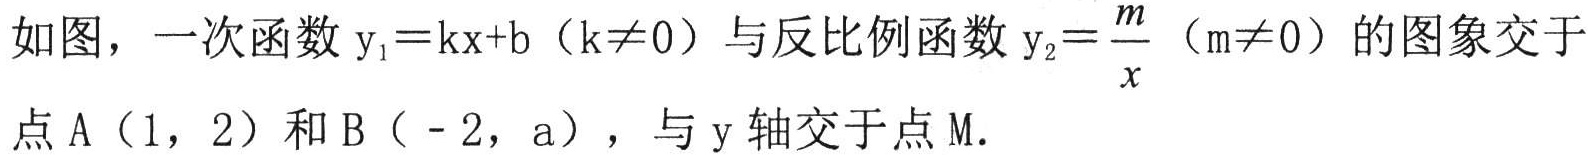
如图，一次函数 \(y_{1}=kx + b\)（\(k\neq0\)）与反比例函数 \(y_{2}=\frac{m}{x}\)（\(m\neq0\)）的图象交于点 \(A(1,2)\) 和 \(B(-2,a)\)，与 \(y\) 轴交于点 \(M\)．